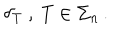
LaTeX: \delta _ { T } \ , \ T \in \Sigma _ { n } \, .